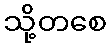
သို့တစေ